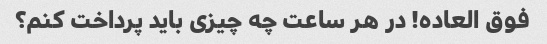
فوق العاده! در هر ساعت چه چیزی باید پرداخت کنم؟